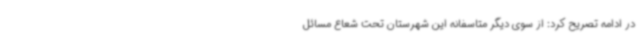
در ادامه تصریح کرد: از سوی دیگر متاسفانه این شهرستان تحت شعاع مسائل